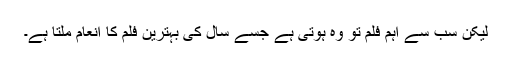
لیکن سب سے اہم فلم تو وہ ہوتی ہے جسے سال کی بہترین فلم کا انعام ملتا ہے۔